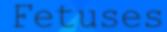
Fetuses